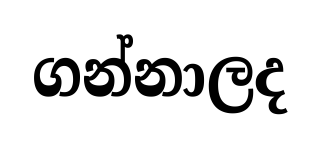
ගන්නාලද